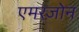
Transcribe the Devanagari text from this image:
एमरज़ोन